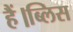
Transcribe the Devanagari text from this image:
हैं।ब्लिस